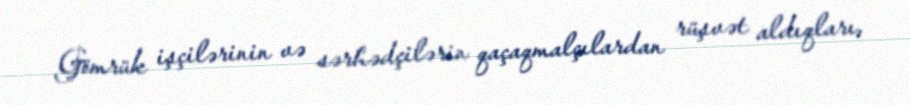
Gömrük işçilərinin və sərhədçilərin qaçaqmalçılardan rüşvət aldıqları,